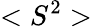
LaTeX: <S^{2}>